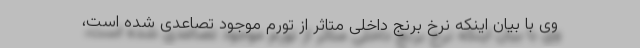
وی با بیان اینکه نرخ برنج داخلی متاثر از تورم موجود تصاعدی شده است،